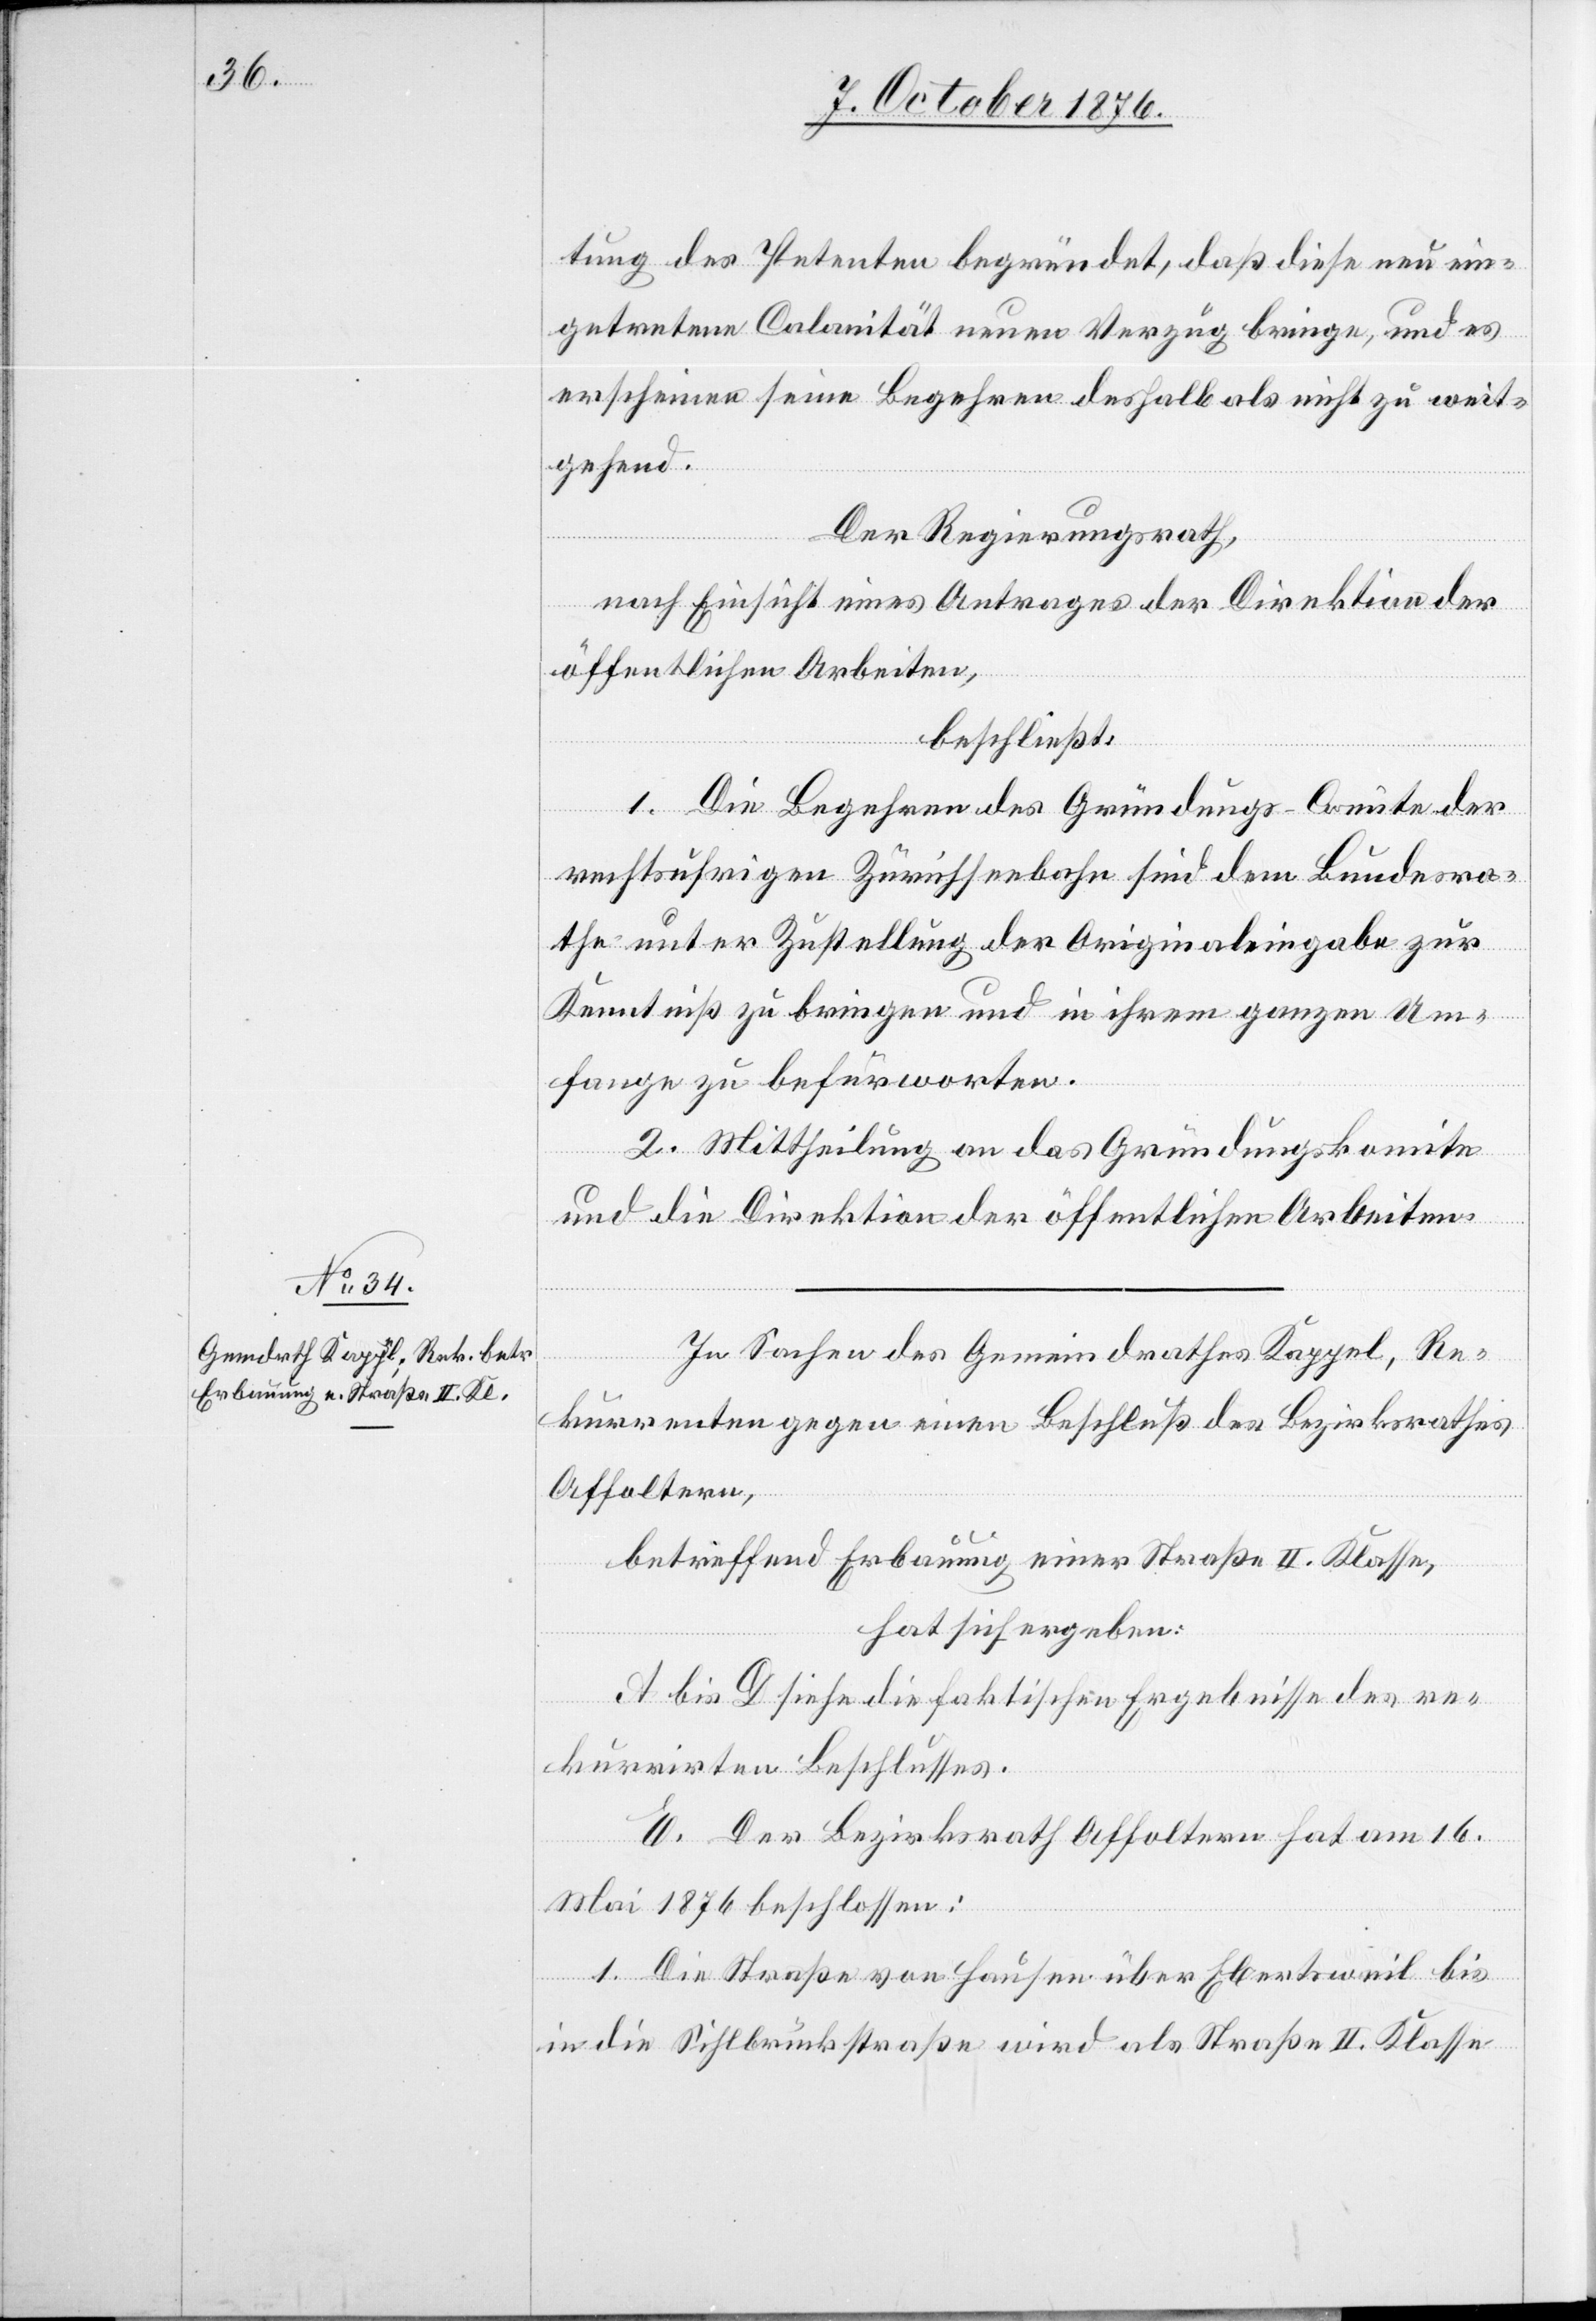
tung des Petenten begründet, daß diese neu ein¬
getretene Calamität neuen Verzug bringe, und es
erscheinen seine Begehren deshalb als nicht zu weit¬
gehend.
Der Regierungsrath,
nach Einsicht eines Antrages der Direktion der
öffentlichen Arbeiten,
beschließt:
1. Die Begehren des Gründungs-Comite der
rechtsufrigen Zürichseebahn sind dem Bundesra¬
the unter Zustellung der Originaleingabe zur
Kenntniß zu bringen und in ihrem ganzen Um¬
fange zu befürworten.
2. Mittheilung an das Gründungskomite
und die Direktion der öffentlichen Arbeiten.
In Sachen des Gemeindrathes Kappel, Re¬
kurrenten gegen einen Beschluß des Bezirksrathes
Affoltern,
betreffend Erbauung einer Straße II. Klasse,
hat sich ergeben:
A bis D siehe die faktischen Ergebnisse des re¬
kurrirten Beschlusses.
E. Der Bezirksrath Affoltern hat am 16.
Mai 1876 beschlossen:
1. Die Straße von Hausen über Ebertsweil bis
in die Sihlbrückstraße wird als Straße II. Klasse